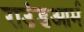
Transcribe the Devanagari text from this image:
राउंडआर्म